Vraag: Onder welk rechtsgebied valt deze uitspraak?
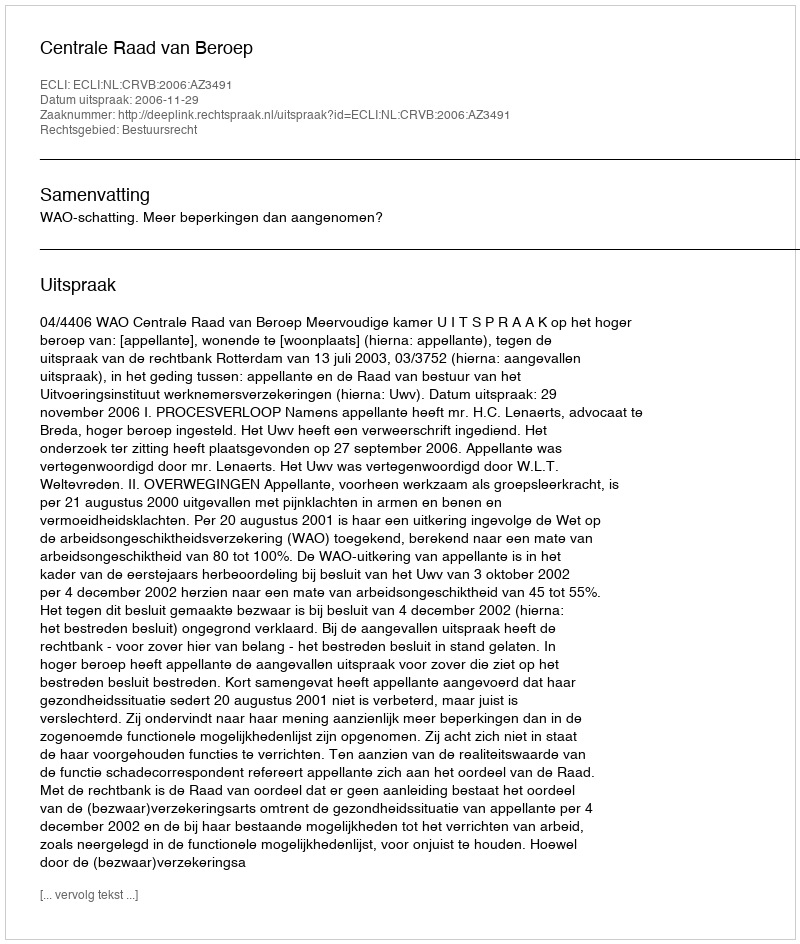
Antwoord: Bestuursrecht